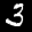
Label: 3